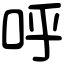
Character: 呼